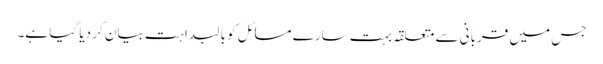
جس میں قربانی سے متعلقہ بہت سارے مسائل کو بالبداہت بیان کر دیا گیا ہے۔